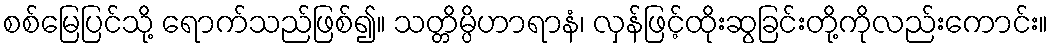
စစ်မြေပြင်သို့ ရောက်သည်ဖြစ်၍။ သတ္တိမ္ပိဟာရာနံ၊ လှန်ဖြင့်ထိုးဆွခြင်းတို့ကိုလည်းကောင်း။